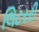
લિટરરી